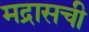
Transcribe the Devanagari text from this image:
मद्रासची